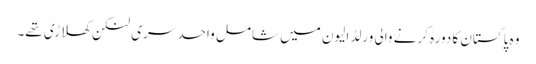
وہ پاکستان کا دورہ کرنے والی ورلڈ الیون میں شامل واحد سری لنکن کھلاڑی تھے۔